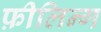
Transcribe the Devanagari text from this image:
फ़ीलिन्ग